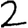
Digit: 2